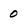
Character: 0